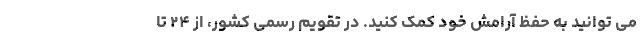
می توانید به حفظ آرامش خود کمک کنید. در تقویم رسمی کشور، از ۲۴ تا